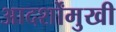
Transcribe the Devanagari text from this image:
आदर्शोंमुखी